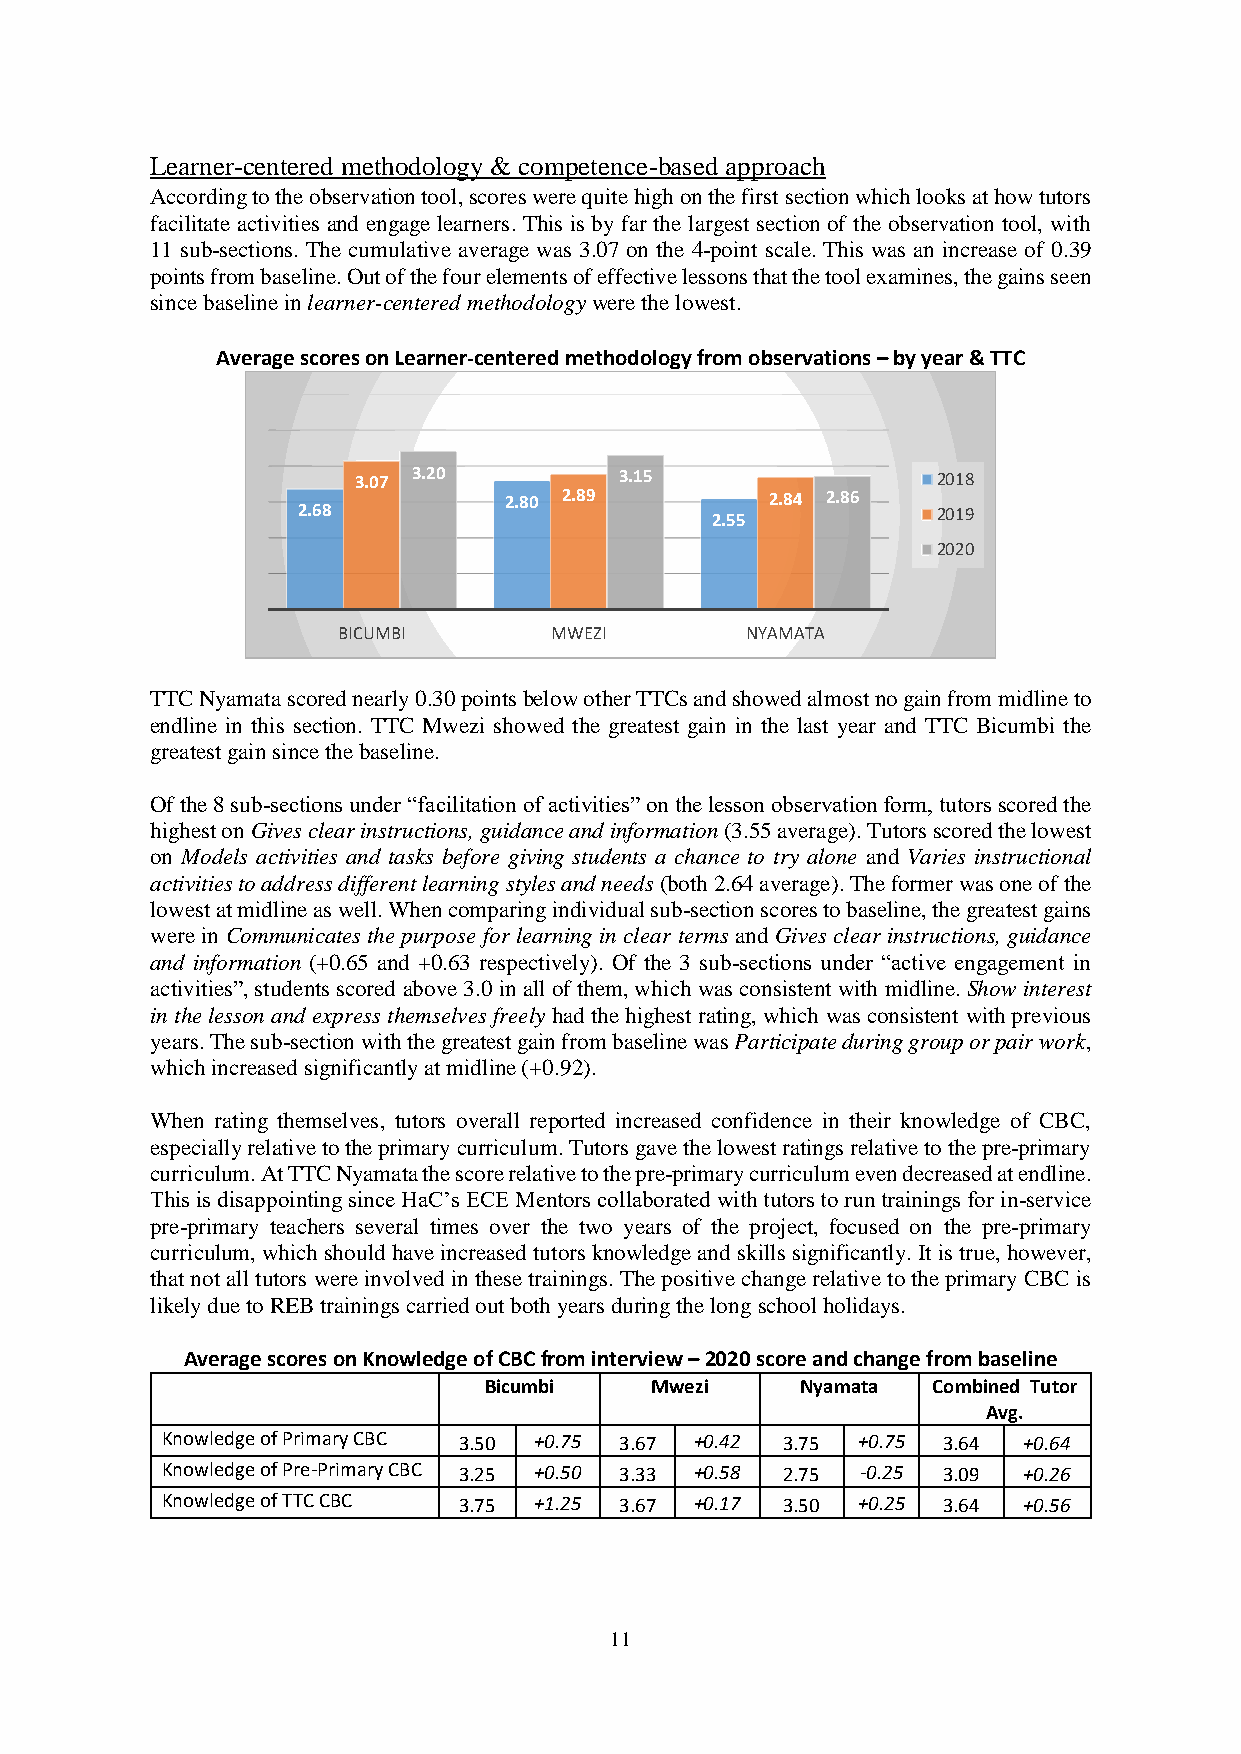
Learner-centered methodology & competence-based approach
 According to the observation tool, scores were quite high on the first section which looks at how tutors
 facilitate activities and engage learners. This is by far the largest section of the observation tool, with
 11 sub-sections. The cumulative average was 3.07 on the 4-point scale. This was an increase of 0.39
 points from baseline. Out of the four elements of effective lessons that the tool examines, the gains seen
 since baseline in learner-centered methodology were the lowest.
 Average scores on Learner-centered methodology from observations – by year & TTC
 3.07 3.20        3.15                 2018
 2.80 2.89         2.84 2.86
 2.68                       2.55           2019
 2020
 BICUMBI       MWEZI        NYAMATA
 TTC Nyamata scored nearly 0.30 points below other TTCs and showed almost no gain from midline to
 endline in this section. TTC Mwezi showed the greatest gain in the last year and TTC Bicumbi the
 greatest gain since the baseline.
 Of the 8 sub-sections under “facilitation of activities” on the lesson observation form, tutors scored the
 highest on Gives clear instructions, guidance and information (3.55 average). Tutors scored the lowest
 on Models activities and tasks before giving students a chance to try alone and Varies instructional
 activities to address different learning styles and needs (both 2.64 average). The former was one of the
 lowest at midline as well. When comparing individual sub-section scores to baseline, the greatest gains
 were in Communicates the purpose for learning in clear terms and Gives clear instructions, guidance
 and information (+0.65 and +0.63 respectively). Of the 3 sub-sections under “active engagement in
 activities”, students scored above 3.0 in all of them, which was consistent with midline. Show interest
 in the lesson and express themselves freely had the highest rating, which was consistent with previous
 years. The sub-section with the greatest gain from baseline was Participate during group or pair work,
 which increased significantly at midline (+0.92).
 When rating themselves, tutors overall reported increased confidence in their knowledge of CBC,
 especially relative to the primary curriculum. Tutors gave the lowest ratings relative to the pre-primary
 curriculum. At TTC Nyamata the score relative to the pre-primary curriculum even decreased at endline.
 This is disappointing since HaC’s ECE Mentors collaborated with tutors to run trainings for in-service
 pre-primary teachers several times over the two years of the project, focused on the pre-primary
 curriculum, which should have increased tutors knowledge and skills significantly. It is true, however,
 that not all tutors were involved in these trainings. The positive change relative to the primary CBC is
 likely due to REB trainings carried out both years during the long school holidays.
 Average scores on Knowledge of CBC from interview – 2020 score and change from baseline
 Bicumbi    Mwezi     Nyamata  Combined Tutor
 Avg.
 Knowledge of Primary CBC 3.50 +0.75 3.67 +0.42 3.75 +0.75 3.64 +0.64
 Knowledge of Pre-Primary CBC 3.25 +0.50 3.33 +0.58 2.75 -0.25 3.09 +0.26
 Knowledge of TTC CBC 3.75 +1.25 3.67 +0.17 3.50 +0.25 3.64 +0.56
 11